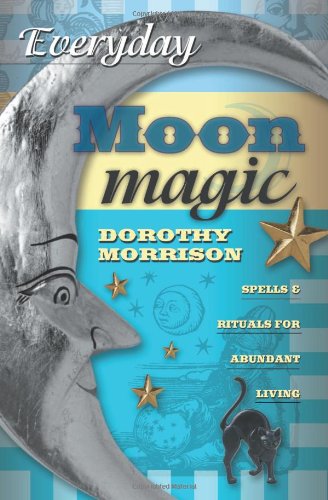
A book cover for Everyday Moon Magic: Spells & Rituals for Abundant Living (Everyday Series); Dorothy Morrison; Religion & Spirituality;